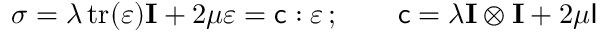
{ \boldsymbol { \sigma } } = \lambda \operatorname { t r } ( { \boldsymbol { \varepsilon } } ) \mathbf { I } + 2 \mu { \boldsymbol { \varepsilon } } = { \mathsf { c } } : { \boldsymbol { \varepsilon } } \, ; \qquad { \mathsf { c } } = \lambda \mathbf { I } \otimes \mathbf { I } + 2 \mu { \mathsf { I } }